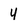
Character: 4